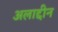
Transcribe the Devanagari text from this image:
अलाद्दीन